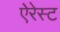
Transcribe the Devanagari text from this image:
ऐरेस्ट